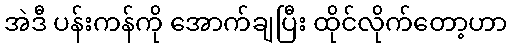
အဲဒီ ပန်းကန်ကို အောက်ချပြီး ထိုင်လိုက်တော့ဟာ